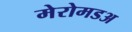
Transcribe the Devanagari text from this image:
मेरोमडअ